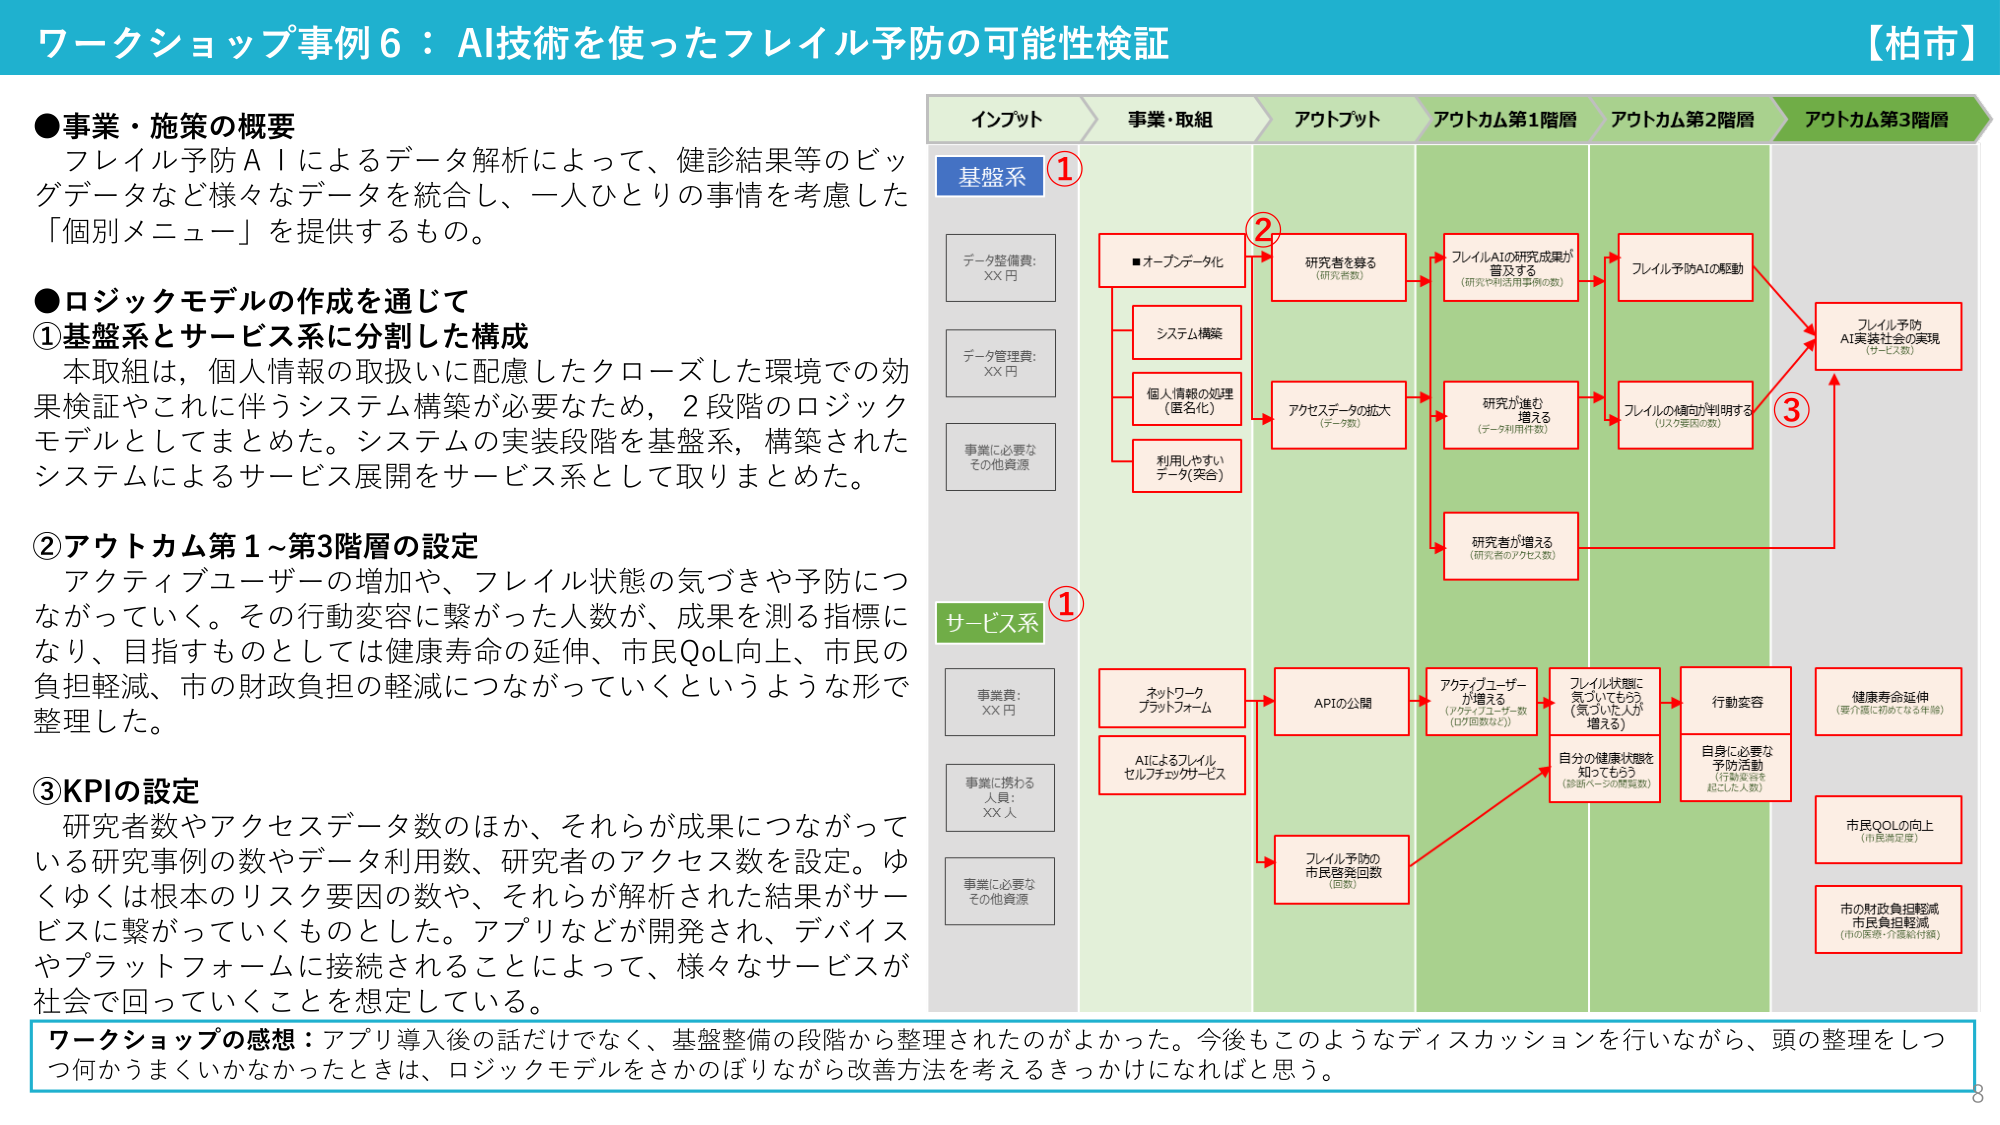
ワークショップ事例6：AI技術を使ったフレイル予防の可能性検証 【柏市】

●事業・施策の概要
フレイル予防AIによるデータ解析によって、健診結果等のビッグデータなど様々なデータを統合し、一人ひとりの事情を考慮した「個別メニュー」を提供するもの。

●ロジックモデルの作成を通じて
①基盤系とサービス系に分割した構成
本取組は、個人情報の取扱いに配慮したクローズした環境での効果検証やこれに伴うシステム構築が必要なため、2段階のロジックモデルとしてまとめた。システムの実装段階を基盤系、構築されたシステムによるサービス展開をサービス系として取りまとめた。

②アウトカム第1～第3階層の設定
アクティブユーザーの増加や、フレイル状態の気づきや予防につながっていく。その行動変容に繋がった人数が、成果を測る指標になり、目指すものとしては健康寿命の延伸、市民QoL向上、市民の負担軽減、市の財政負担の軽減につながっていくというような形で整理した。

③KPIの設定
研究者数やアクセスデータ数のほか、それらが成果につながっている研究事例の数やデータ利用数、研究者のアクセス数を設定。ゆくゆくは根本のリスク要因の数や、それらが解析された結果がサービスに繋がっていくものとした。アプリなどが開発され、デバイスやプラットフォームに接続されることによって、様々なサービスが社会で回っていくことを想定している。

ワークショップの感想：アプリ導入後の話だけでなく、基盤整備の段階から整理されたのがよかった。今後もこのようなディスカッションを行いながら、頭の整理をしつつ何かうまくいかなかったときは、ロジックモデルをさかのぼりながら改善方法を考えるきっかけになればと思う。

インプット 事業・取組 アウトプット アウトカム第1階層 アウトカム第2階層 アウトカム第3階層

基盤系 ①
データ整備費：XX円
データ管理費：XX円
事業に必要なその他資源

サービス系 ①
事業費：XX円
事業に携わる人員：XX人
事業に必要なその他資源

②
■オープンデータ化
システム構築
個人情報の処理（匿名化）
利用しやすいデータ（突合）

研究者を募る（研究者数）
アクセスデータの拡大（データ数）

フレイルAIの研究成果が普及する（研究や利活用事例の数）
研究が進む（データ利用件数）
研究者が増える（研究者のアクセス数）

フレイル予防AIの駆動
フレイルの傾向が判明する（リスク要因の数）

③
フレイル予防AI実装社会の実現（サービス数）

ネットワークプラットフォーム
AIによるフレイルセルフチェックサービス
APIの公開
フレイル予防の市民啓発回数（回数）

アクティブユーザーが増える（アクティブユーザー数（ログ回数など））
フレイル状態に気づいてもらう（気づいた人が増える）
自分の健康状態を知りもらう（診断ページの閲覧数）

行動変容
自身に必要な予防活動（行動変容を起こした人数）

健康寿命延伸（要介護に初めてなる年齢）
市民QOLの向上（市民満足度）
市の財政負担軽減 市民負担軽減（市の医療・介護給付額）

8